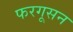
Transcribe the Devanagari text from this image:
फरगूसन